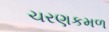
ચરણકમળ